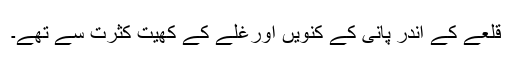
قلعے کے اندر پانی کے کنویں اورغلے کے کھیت کثرت سے تھے۔